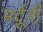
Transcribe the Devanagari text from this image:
मर्दूनी